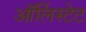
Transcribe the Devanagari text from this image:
ऑर्लिस्टेट